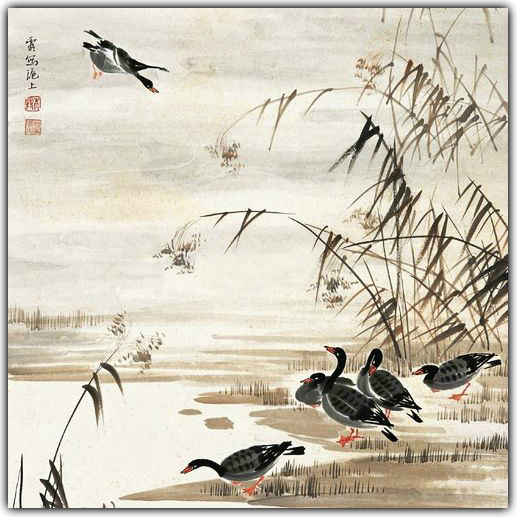
鼓吹助清赏，鸿雁起汀洲。